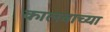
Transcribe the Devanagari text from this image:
कालवाच्या